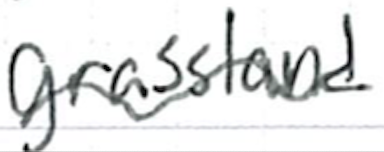
Text: grassland
Cross-out: wave
Writing tool: ballpoint